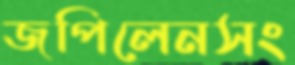
জপিলেনসং